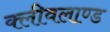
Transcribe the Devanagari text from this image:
क्लीवलाण्ड